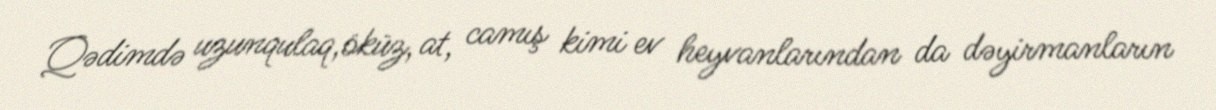
Qədimdə uzunqulaq,öküz, at, camış kimi ev heyvanlarından da dəyirmanların